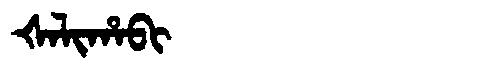
Manchu: ᡧᠠᠯᡳᡥᠠᠪᡳ
Romanization: ŠALIHABI